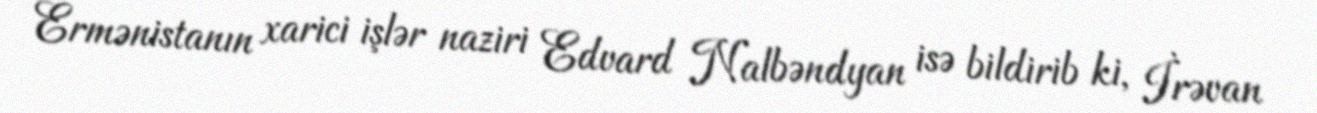
Ermənistanın xarici işlər naziri Edvard Nalbəndyan isə bildirib ki, İrəvan